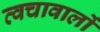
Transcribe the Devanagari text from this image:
त्वचावालों